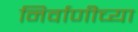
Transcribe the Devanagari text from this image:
निर्वाणीच्या